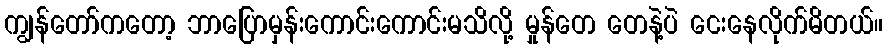
ကျွန်တော်ကတော့ ဘာပြောမှန်းကောင်းကောင်းမသိလို့ မှုန်တေ တေနဲ့ပဲ ငေးနေလိုက်မိတယ်။